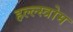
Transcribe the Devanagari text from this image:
हल्ल्स्त्रोम